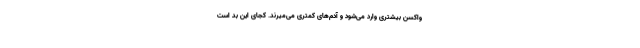
واکسن بیشتری وارد می‌شود و آدم‌های کمتری می‌میرند. کجای این بد است